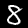
Digit: 8